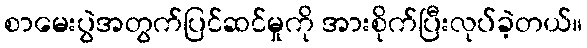
စာမေးပွဲအတွက်ပြင်ဆင်မှုကို အားစိုက်ပြီးလုပ်ခဲ့တယ်။